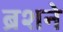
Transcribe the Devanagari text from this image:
ब्रशने